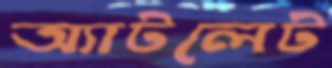
অ্যাটলেট